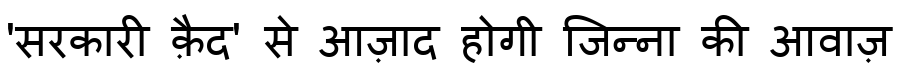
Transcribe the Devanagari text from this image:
'सरकारी क़ैद' से आज़ाद होगी जिन्ना की आवाज़